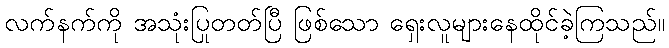
လက်နက်ကို အသုံးပြုတတ်ပြီ ဖြစ်သော ရှေးလူများနေထိုင်ခဲ့ကြသည်။